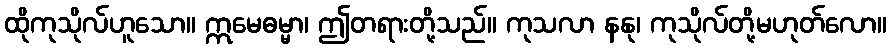
ထိုကုသိုလ်ဟူသော။ ဣမေဓမ္မာ၊ ဤတရားတို့သည်။ ကုသလာ နနု၊ ကုသိုလ်တို့မဟုတ်လော။